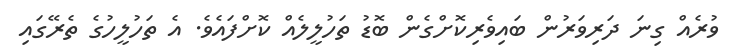
ވުރެއް ގިނަ ދަރިވަރުން ބައިވެރިކޮށްގެން ބޮޑު ތަހުލީލެއް ކޮށްފައެވެ. އެ ތަހުލީހުގެ ތެރޭގައި